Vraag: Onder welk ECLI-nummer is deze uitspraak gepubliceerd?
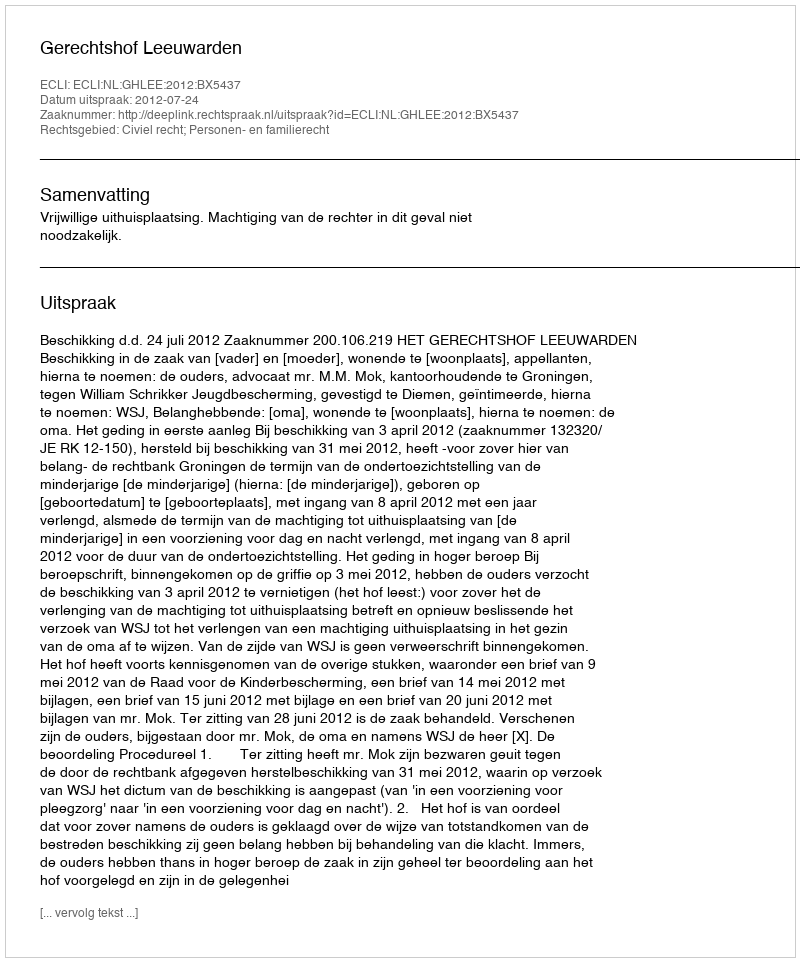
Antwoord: ECLI:NL:GHLEE:2012:BX5437